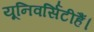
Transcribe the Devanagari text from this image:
यूनिवर्सिटीहैं।